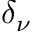
\delta _ { \nu }